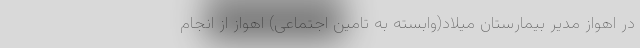
در اهواز مدیر بیمارستان میلاد(وابسته به تامین اجتماعی) اهواز از انجام